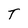
Character: T